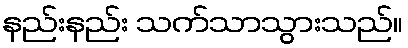
နည်းနည်း သက်သာသွားသည်။